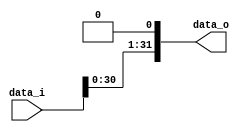
module Shift1 (
  input [31:0] data_i,
  output [31:0] data_o
);

assign data_o = {data_i[30:0],1'b0};

endmodule